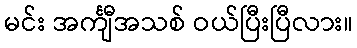
မင်း အင်္ကျီအသစ် ဝယ်ပြီးပြီလား။